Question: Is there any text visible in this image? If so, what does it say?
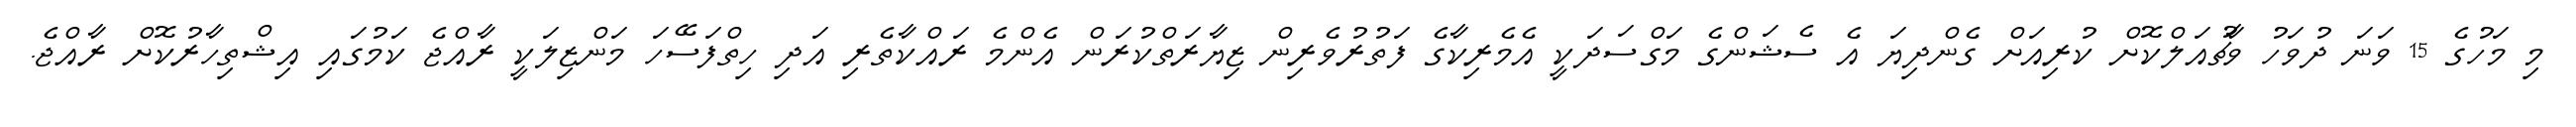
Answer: މި މަހުގެ 15 ވަނަ ދުވަހު ވާޗުއަލްކޮށް ކުރިއަށް ގެންދިޔަ އެ ސެޝަންގެ މަގްސަދަކީ އެމެރިކާގެ ފަތުރުވެރިން ޒިޔާރަތްކުރަން އެންމެ ރައްކާތެރި އަދި ހިތްފަސޭހަ މަންޒިލަކީ ރާއްޖެ ކަމުގައި އިޝްތިހާރުކޮށް ރާއްޖެ.